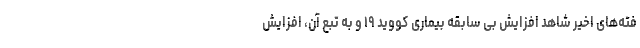
فته‌های اخیر شاهد افزایش بی سابقه بیماری کووید ۱۹ و به تبع آن، افزایش